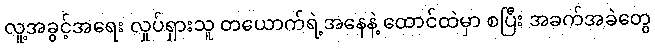
လူ့အခွင့်အရေး လှုပ်ရှားသူ တယောက်ရဲ့အနေနဲ့ ထောင်ထဲမှာ စပြီး အခက်အခဲတွေ